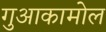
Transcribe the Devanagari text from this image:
गुआकामोल